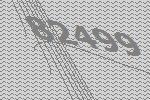
82499